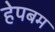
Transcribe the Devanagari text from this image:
हेपबम